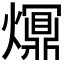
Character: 𤑺